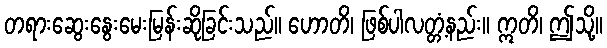
တရားဆွေးနွေးမေးမြန်းဆိုခြင်းသည်။ ဟောတိ၊ ဖြစ်ပါလတ္တံ့နည်း။ ဣတိ၊ ဤသို့။